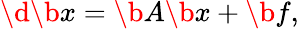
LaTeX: \d{\b{x}}=\b{A}\b{x}+\b{f},